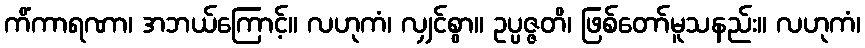
ကိံကာရဏာ၊ အဘယ်ကြောင့်။ လဟုကံ၊ လျှင်စွာ။ ဥပ္ပဇ္ဇတိ၊ ဖြစ်တော်မူသနည်း။ လဟုကံ၊